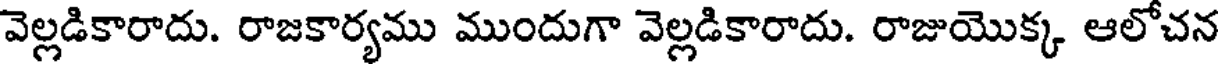
వెల్లడికారాదు. రాజకార్యము ముందుగా వెల్లడికారాదు. రాజుయొక్క ఆలోచన